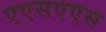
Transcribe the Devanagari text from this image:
एएसएएस